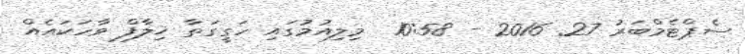
ސެޕްޓެމްބަރު 27